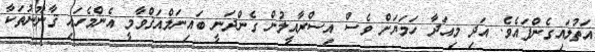
އަތުލައިގެންފައެވެ. އަދި މިއަދާ ހަމަޔަށް ވެސް އިސްރާއީލުން ގެންދަނީ ބައިނަލްއަޤްވާމީ އެންމެހައި ޤާނޫނުތަކާ